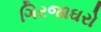
ગિરજાઘરો